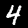
Label: 4